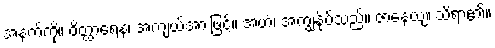
အနက်ကို။ ဝိတ္ထာရေန၊ အကျယ်အားဖြင့်။ အဟံ၊ အကျွန်ုပ်သည်။ ဇာနေယျံ၊ သိရာ၏။